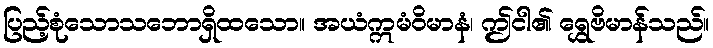
ပြည့်စုံသောသဘောရှိထသော။ အယံဣမံဝိမာနံ၊ ဤငါ၏ ရွှေဗိမာန်သည်။